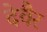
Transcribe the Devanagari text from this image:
देवैर